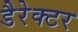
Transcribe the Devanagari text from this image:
डैरेक्टर